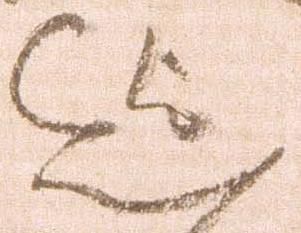
迄